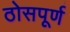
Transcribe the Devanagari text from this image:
ठोसपूर्ण